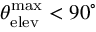
\theta _ { \mathrm { e l e v } } ^ { \mathrm { m a x } } < 9 0 ^ { \circ }